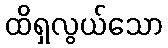
ထိရှလွယ်သော